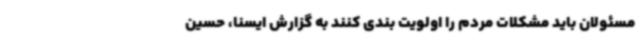
مسئولان باید مشکلات مردم را اولویت بندی کنند به گزارش ایسنا، حسین